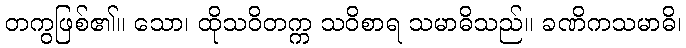
တကွဖြစ်၏။ သော၊ ထိုသဝိတက္က သဝိစာရ သမာဓိသည်။ ခဏိကသမာဓိ၊